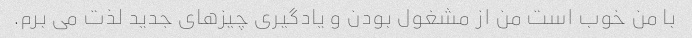
با من خوب است من از مشغول بودن و یادگیری چیزهای جدید لذت می برم.